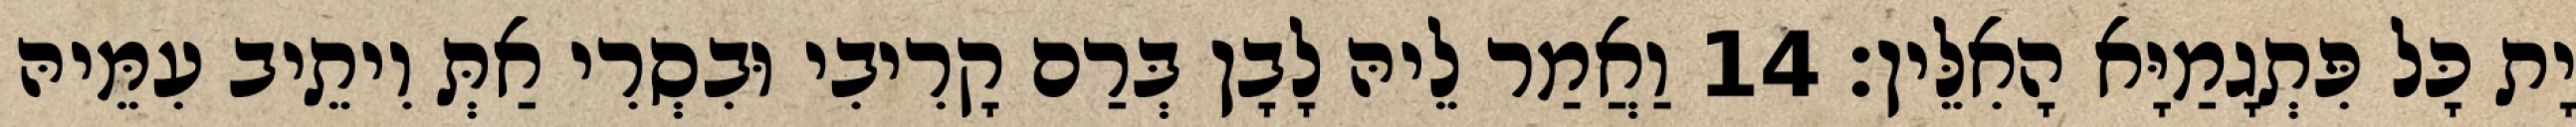
יָת כָּל פִּתְגָמַיָּא הָאִלֵּין׃ 14 וַאֲמַר לֵיהּ לָבָן בְּרַם קָרִיבִי וּבִסְרִי אַתְּ וִיתֵיב עִמֵּיהּ